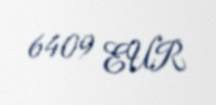
6409 EUR